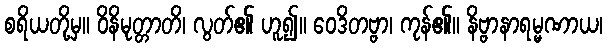
စရိယတို့မှ။ ဝိနိမုတ္တာတိ၊ လွတ်၏ ဟူ၍။ ဝေဒိတဗ္ဗာ၊ ကုန်၏။ နိဗ္ဗာနာရမ္မဏာယ၊